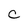
Character: C